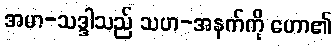
အမာ-သဒ္ဒါသည် သဟ-အနက်ကို ဟော၏